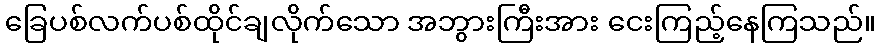
ခြေပစ်လက်ပစ်ထိုင်ချလိုက်သော အဘွားကြီးအား ငေးကြည့်နေကြသည်။